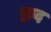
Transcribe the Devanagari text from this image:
द्वाद